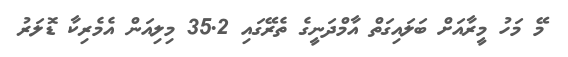
މޭ މަހު މީރާއަށް ބަލައިގަތް އާމްދަނީގެ ތެރޭގައި 35.2 މިލިއަން އެމެރިކާ ޑޮލަރު